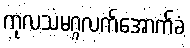
ကုလသမဂ္ဂလက်အောက်ခံ